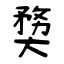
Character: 奦